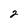
Character: 2